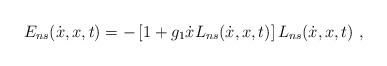
LaTeX: \begin{align*}E_{ns}(\dot{x},x,t)= - \left [ 1 + g_1 \dot x L_{ns}(\dot{x},x,t)\right ] L_{ns}(\dot{x},x,t)\ ,\end{align*}